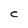
Character: C